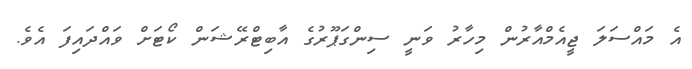
އެ މައްސަލަ ޖީއެމްއާރުން މިހާރު ވަނީ ސިންގަޕޫރުގެ އާބިޓްރޭޝަން ކޯޓަށް ވައްދައިފަ އެވެ.